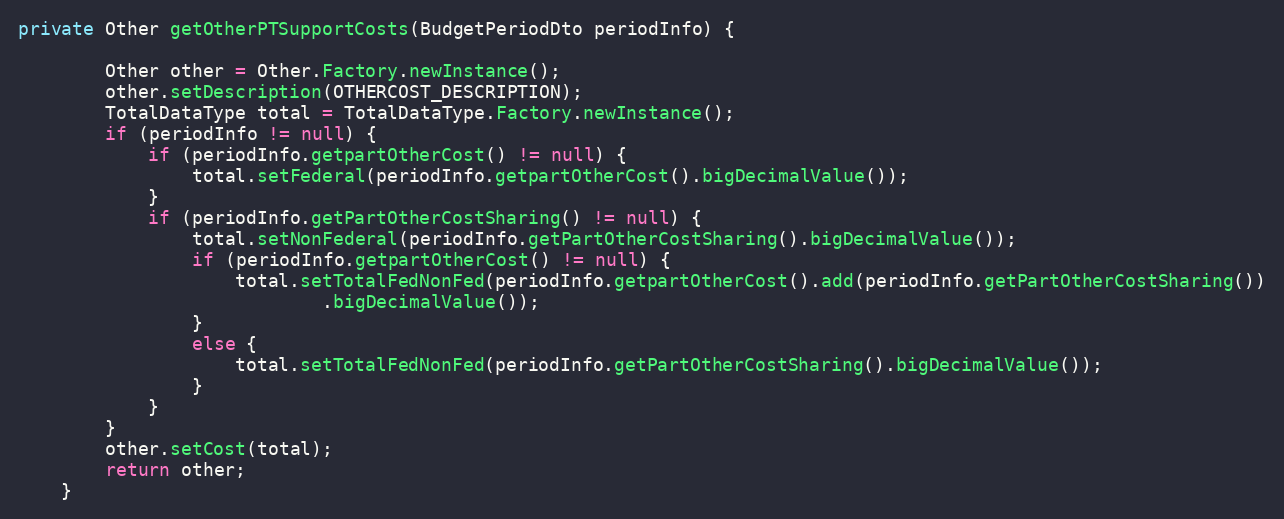
Language: Java
private Other getOtherPTSupportCosts(BudgetPeriodDto periodInfo) {

        Other other = Other.Factory.newInstance();
        other.setDescription(OTHERCOST_DESCRIPTION);
        TotalDataType total = TotalDataType.Factory.newInstance();
        if (periodInfo != null) {
            if (periodInfo.getpartOtherCost() != null) {
                total.setFederal(periodInfo.getpartOtherCost().bigDecimalValue());
            }
            if (periodInfo.getPartOtherCostSharing() != null) {
                total.setNonFederal(periodInfo.getPartOtherCostSharing().bigDecimalValue());
                if (periodInfo.getpartOtherCost() != null) {
                    total.setTotalFedNonFed(periodInfo.getpartOtherCost().add(periodInfo.getPartOtherCostSharing())
                            .bigDecimalValue());
                }
                else {
                    total.setTotalFedNonFed(periodInfo.getPartOtherCostSharing().bigDecimalValue());
                }
            }
        }
        other.setCost(total);
        return other;
    }